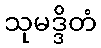
သုမဒ္ဒိတံ